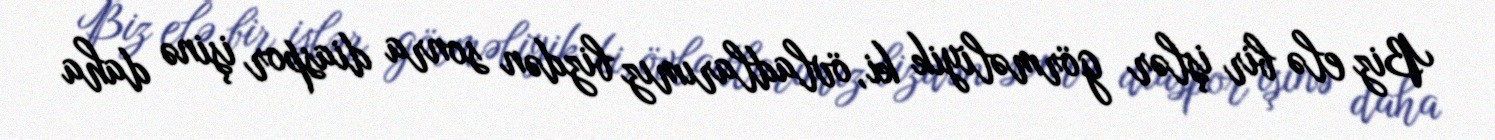
Biz elə bir işlər görməliyik ki, övladlarımız bizdən sonra diaspor işinə daha